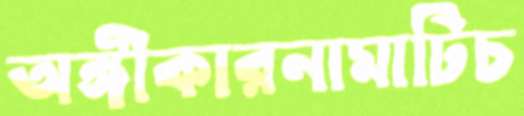
অঙ্গীকারনামাটিচ